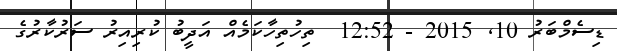
ޑިސެމްބަރު 10